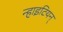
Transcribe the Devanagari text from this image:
न्हाइटियन्